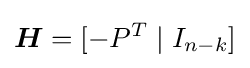
{\boldsymbol {H}}=[-P^{T}\mid I_{n-k}]